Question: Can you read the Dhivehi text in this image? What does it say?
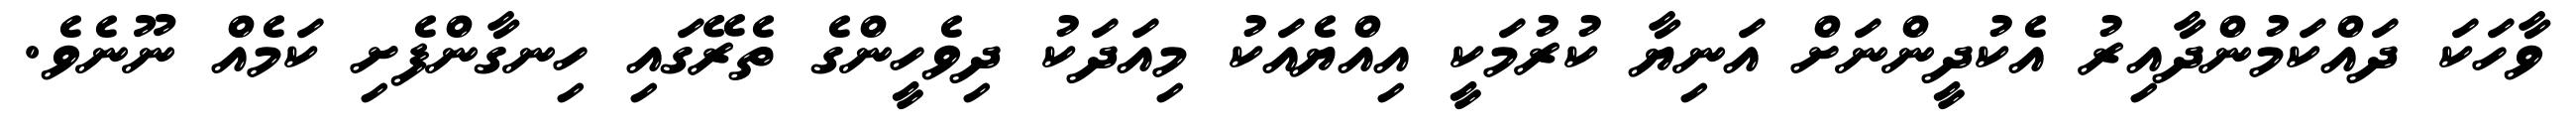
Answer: ވާހަކަ ދައްކަމުންދާއިރު އެކުދީންނަށް އަނިޔާ ކުރުމަކީ އިއްޔެއަކު މިއަދަކު ދިވެހީންގެ ތެރޭގައި ހިނގާންފެށި ކަމެއް ނޫނެވެ.